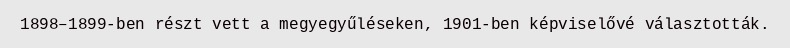
1898–1899-ben részt vett a megyegyűléseken, 1901-ben képviselővé választották.